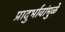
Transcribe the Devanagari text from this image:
प्रादुर्भावांमुळे